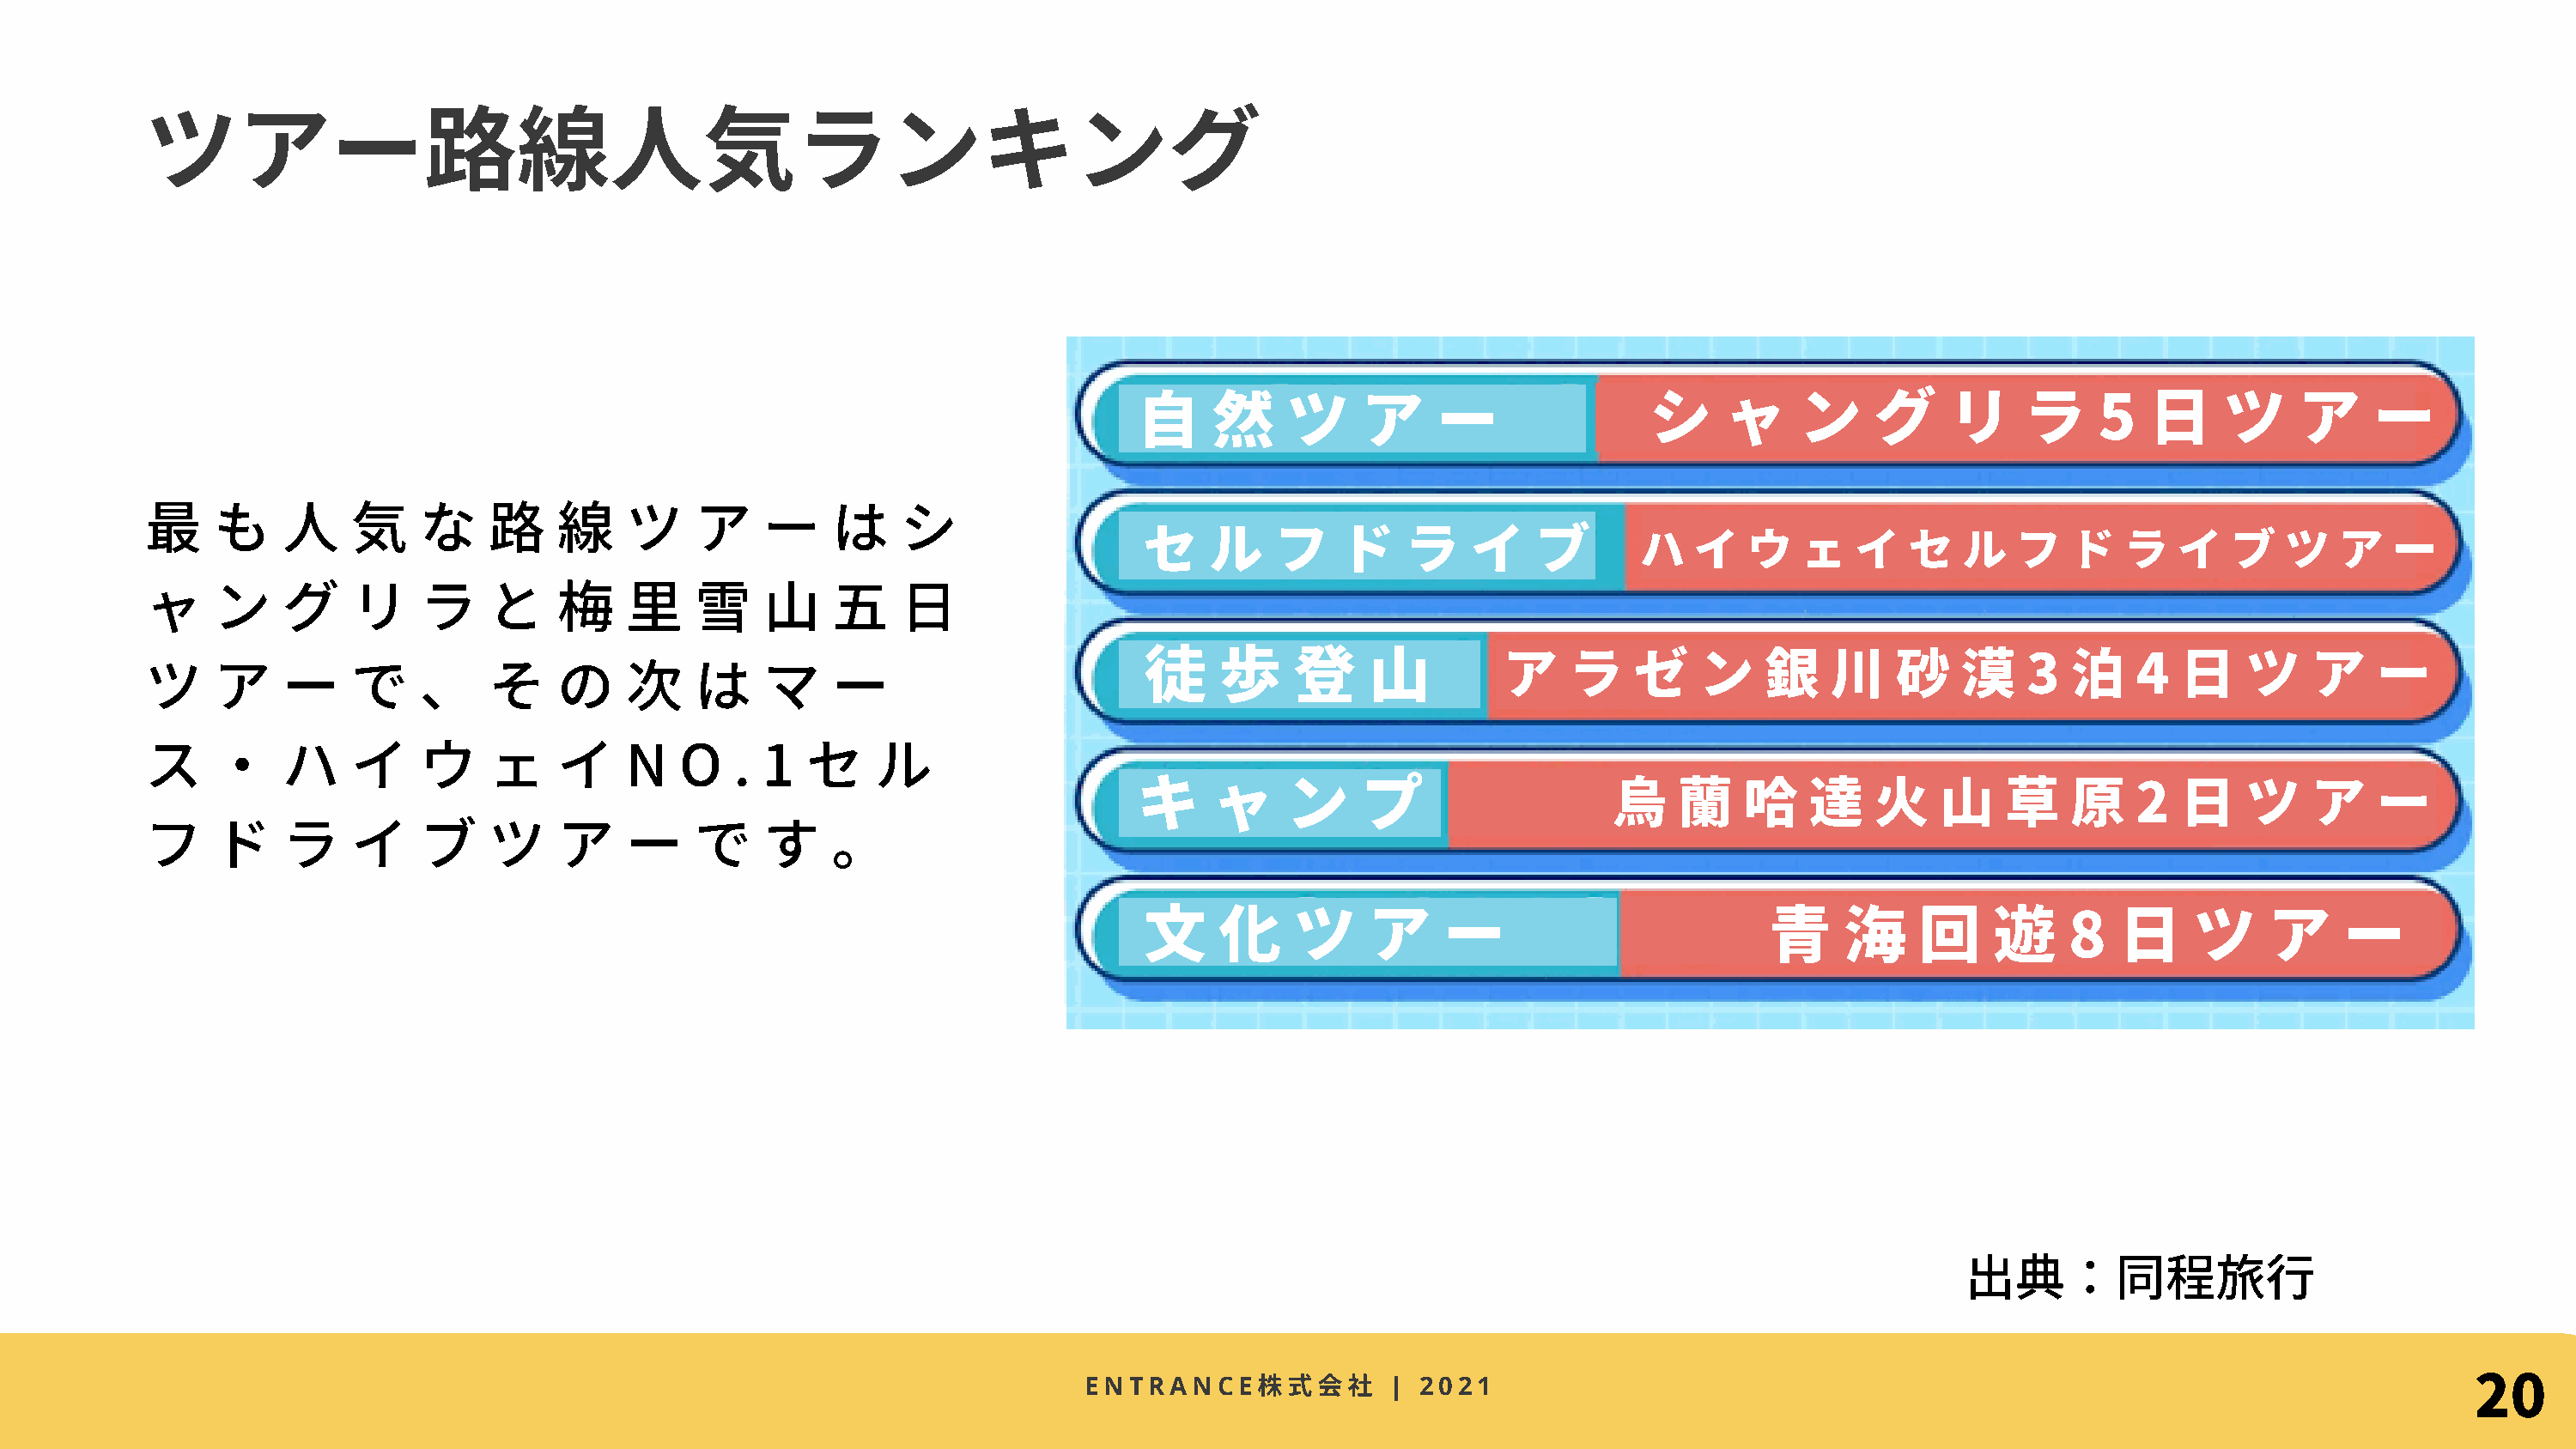
ツアー路線⼈気ランキング
 ⾃    然     ツ     ア     ー               シ     ャ     ン    グ     リ     ラ     5   ⽇    ツ     ア     ー
 最    も     ⼈    気    な     路    線    ツ     ア    ー    は    シ
 セ    ル    フ    ド    ラ    イ    ブ
 ハ    イ   ウ   ェ   イ   セ   ル   フ    ド   ラ   イ   ブ   ツ   ア   ー
 ャ    ン     グ    リ    ラ     と    梅    ⾥     雪    ⼭    五    ⽇
 徒     歩     登     ⼭         ア    ラ    ゼ    ン    銀    川    砂    漠    3   泊    4  ⽇    ツ    ア    ー
 ツ    ア     ー    で    、     そ    の    次     は    マ    ー
 ス    ・     ハ    イ    ウ     ェ    イ    N   O    . 1  セ    ル
 キ    ャ     ン     プ                  烏    蘭    哈    達     ⽕    ⼭    草    原    2  ⽇    ツ    ア    ー
 フ    ド     ラ    イ    ブ     ツ    ア    ー     で    す    。
 ⽂     化     ツ     ア    ー                        ⻘     海     回     遊    8   ⽇     ツ     ア     ー
 出典：同程旅⾏
 20
 株式
 ENTRANCE               | 2021